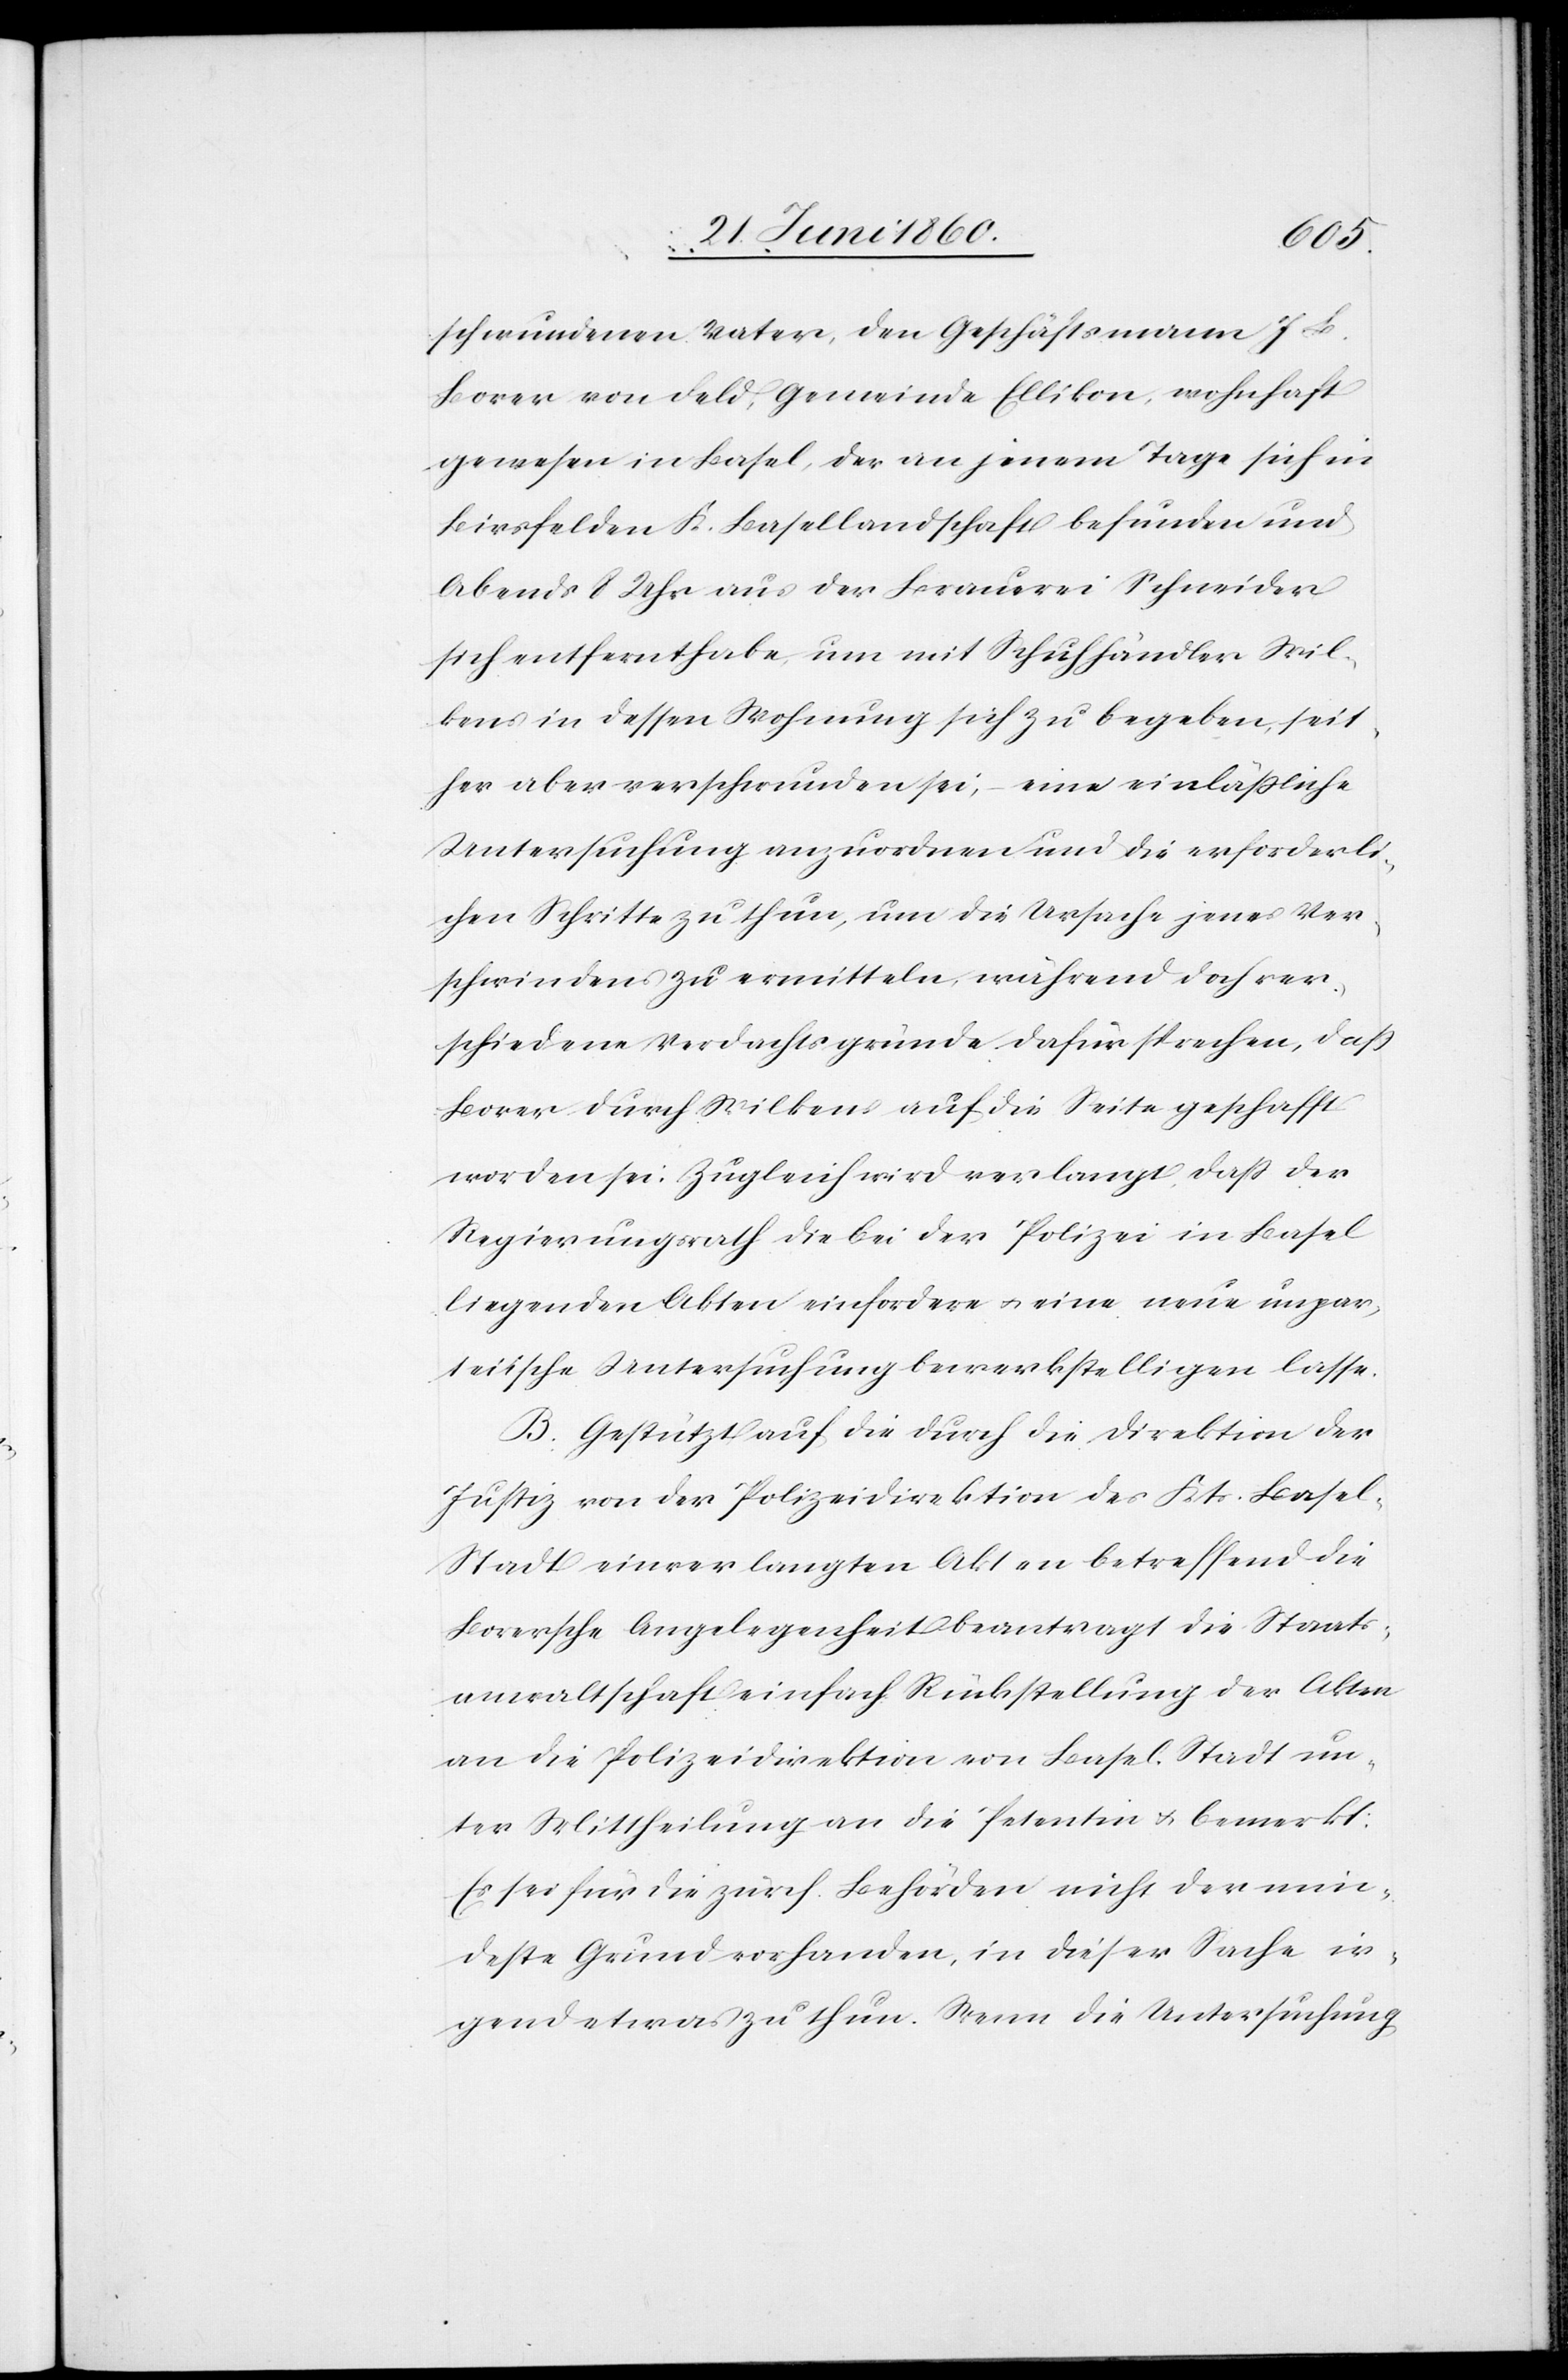
schwundenen Vater, den Geschäftsmann J. L.
Borer von Feld[i], Gemeinde Ellikon, wohnhaft
gewesen in Basel, der an jenem Tage sich in
Birsfelden K. Basellandschaft befunden und
Abends 8 Uhr aus der Brauerei Schneider
sich entfernt habe, um mit Schuhhändler Wil¬
kens in dessen Wohnung sich zu begeben, seit¬
her aber verschwunden sei, – eine einläßliche
Untersuchung anzuordnen und die erforderli¬
chen Schritte zu thun, um die Ursache jenes Ver¬
schwindens zu ermitteln, während doch ver¬
schiedene Verdachtsgründe dafür sprechen, dass
Borer durch Wilkens auf die Seite geschafft
worden sei; Zugleich wird verlangt, dass der
Regierungsrath die bei der Polizei in Basel
liegenden Akten einfordern u. eine neue unpar¬
teiische Untersuchung bewerkstelligen lasse.
B. Gestützt auf die durch die Direktion der
Justiz von der Polizeidirektion des Kts. Basel-S¬
tadt einverlangten Akten betreffend die
Borersche Angelegenheit beantragt die Staats¬
anwaltschaft einfach Rückstellung der Akten
an die Polizeidirektion von Basel-Stadt un¬
ter Mittheilung an die Petentin u. bemerkt:
Es sei für die zürch. Behörden nicht der min¬
deste Grund vorhanden, in dieser Sache ir¬
gend etwas zu thun. Wenn die Untersuchung